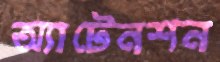
অ্যাটেনশন